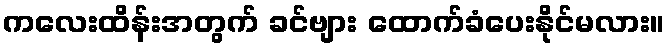
ကလေးထိန်းအတွက် ခင်ဗျား ထောက်ခံပေးနိုင်မလား။